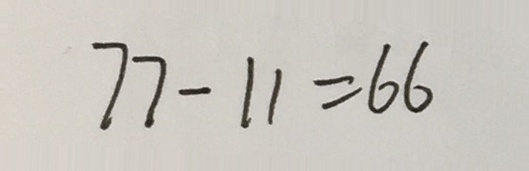
7 7 - 1 1 = 6 6